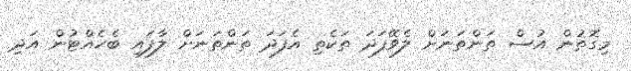
މިގޮތުން އުސް ތަންތަނަށް ލެވޭފަދަ ތަކެތި އެފަދަ ތަންތަނަށް ލާފައި ބެހެއްޓުން އަދި